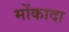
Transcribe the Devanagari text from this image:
मोंकादा